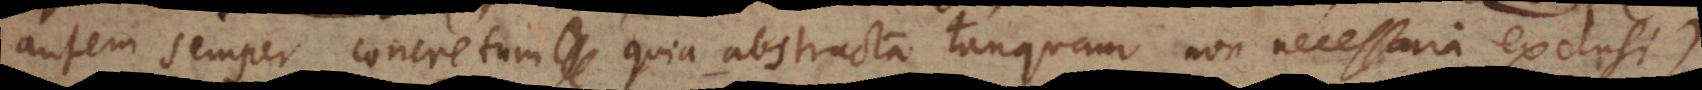
autem semper concretum quia abstracta tanquam non necessaria exclusi).